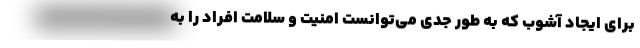
برای ایجاد آشوب که به طور جدی می‌توانست امنیت و سلامت افراد را به